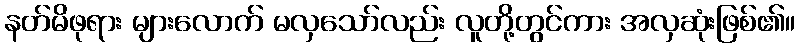
နတ်မိဖုရား များလောက် မလှသော်လည်း လူတို့တွင်ကား အလှဆုံးဖြစ်၏။